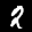
Label: 2